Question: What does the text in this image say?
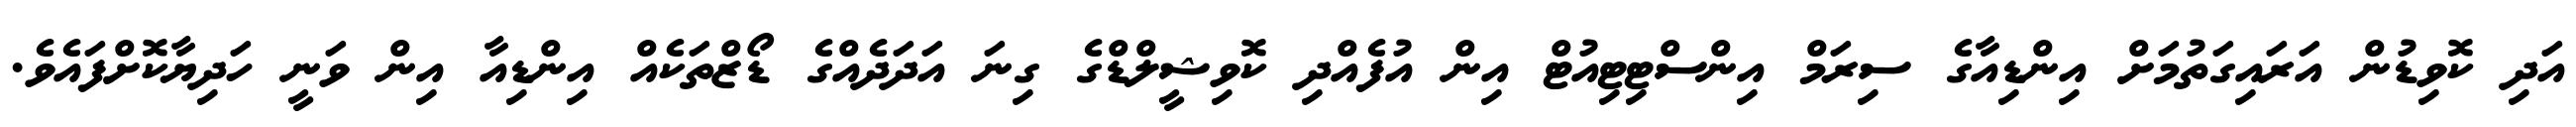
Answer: އަދި ކޮވިޑުން އަރައިގަތުމަށް އިންޑިއާގެ ސިރަމް އިންސްޓިޓިއުޓް އިން އުފެއްދި ކޮވިޝީލްޑްގެ ގިނަ އަދަދެއްގެ ޑޯޒްތަކެއް އިންޑިއާ އިން ވަނީ ހަދިޔާކޮށްފައެވެ.